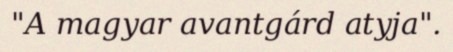
"A magyar avantgárd atyja".